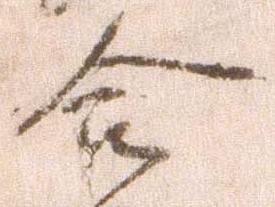
合